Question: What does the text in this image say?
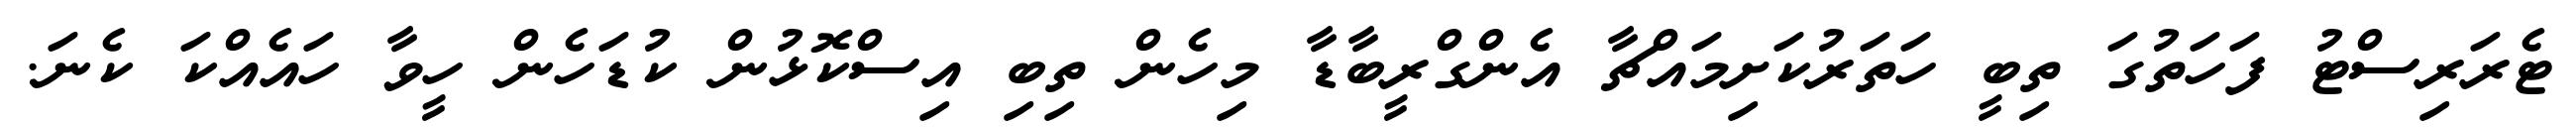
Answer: ޓެރަރިސްޓު ފަހަތުގަ ތިބީ ހަތަރުކަށިމައްޗާ އެންގްރީބާޑާ މިހެން ތިބި އިސްކޮޅުން ކުޑަހެން ހީވާ ހައެއްކަ ކެނަ.